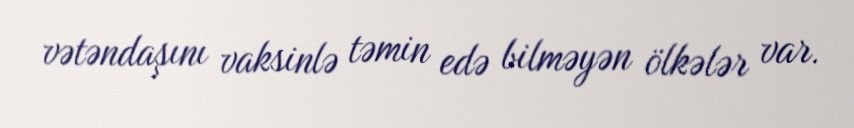
vətəndaşını vaksinlə təmin edə bilməyən ölkələr var.